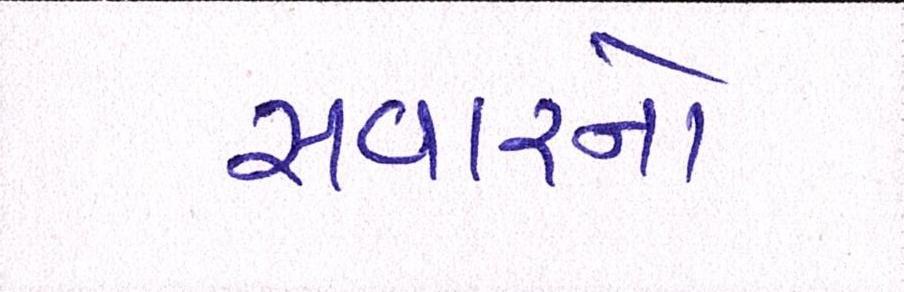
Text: સવારનો